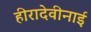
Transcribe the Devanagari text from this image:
हीरादेवीनाई